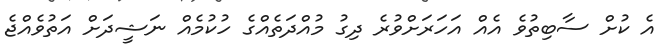
އެ ކުށް ސާބިތުވެ އެއް އަހަރަށްވުރެ ދިގު މުއްދަތެއްގެ ހުކުމެއް ނަޝީދަށް އަތުވެއްޖެ